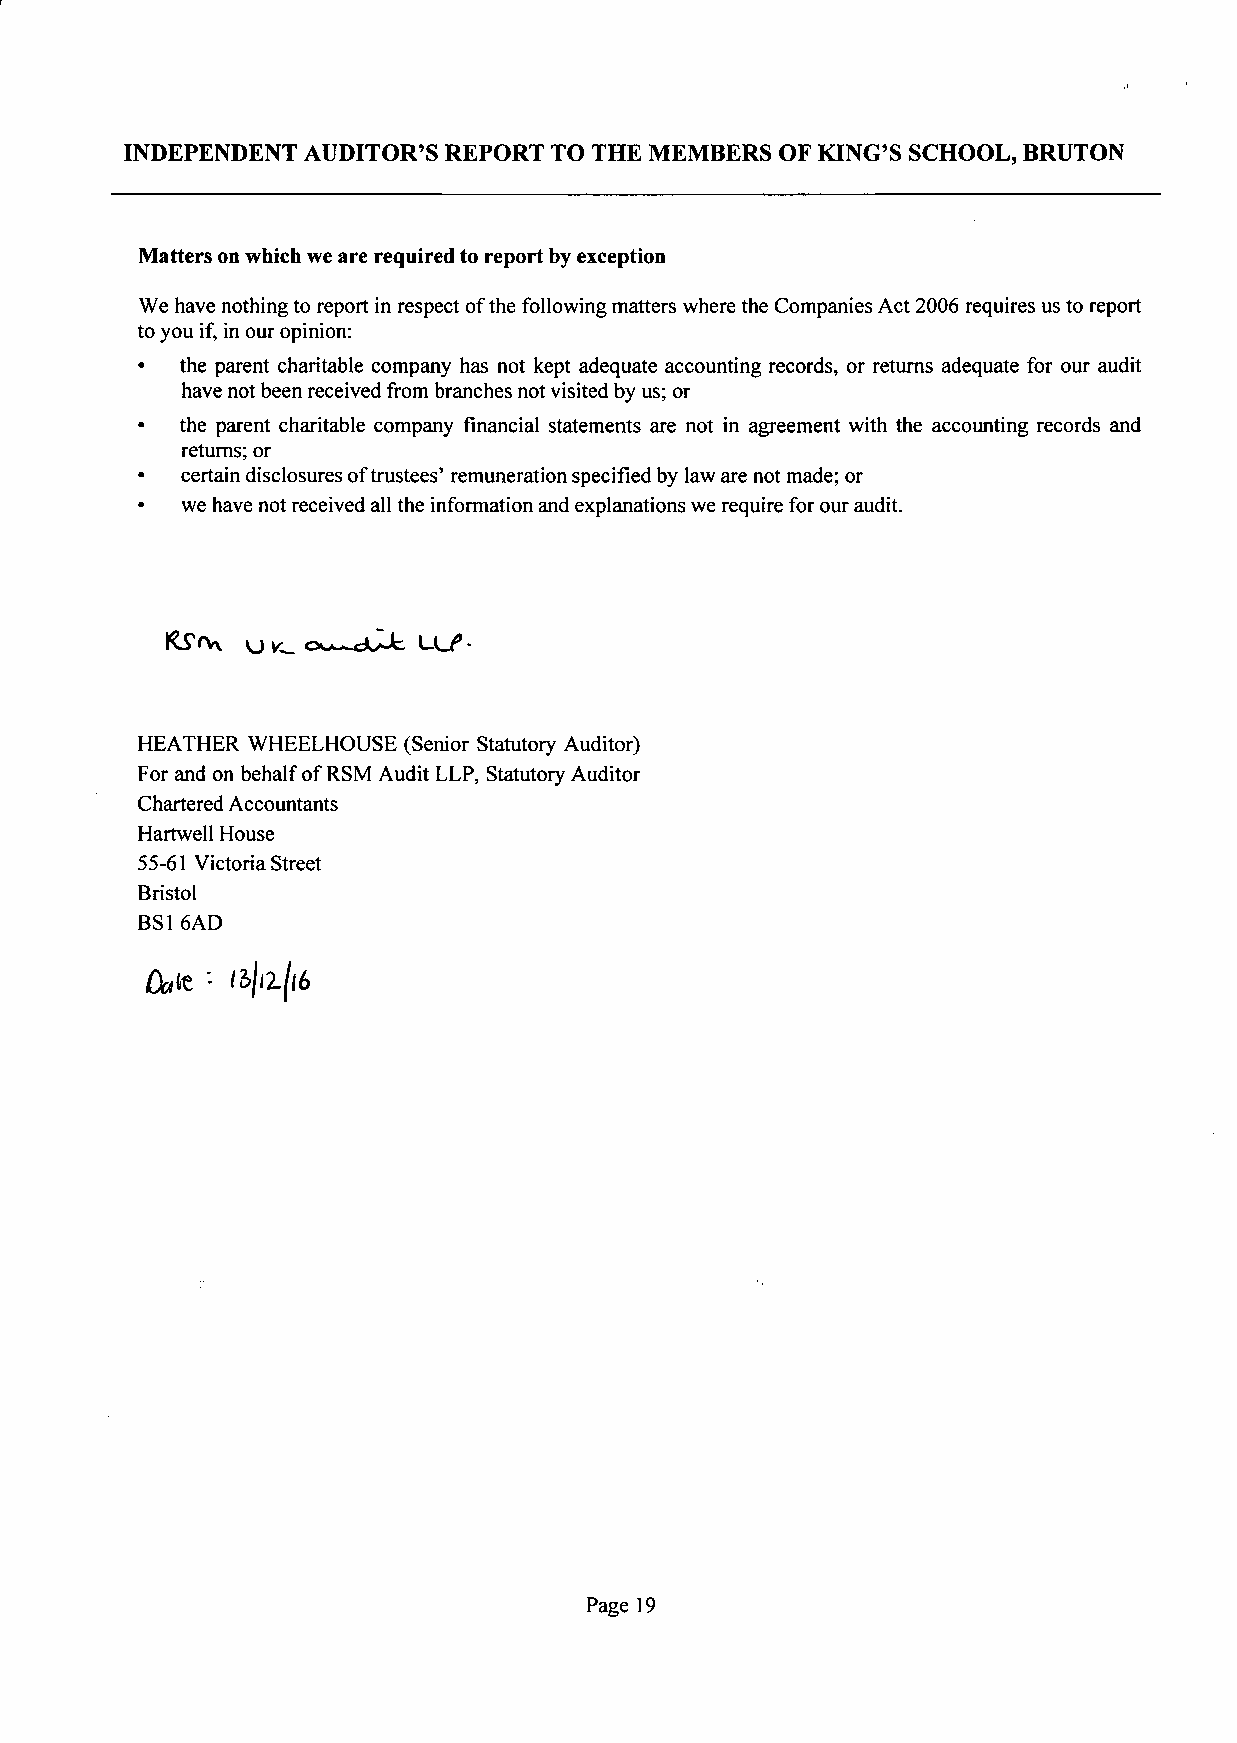
INDEPENDENT AUDITOR'S REPORT TO THE MEMBERS OF KING'S SCHOOL, BRUTON
 Matters on which we are required to report by exception
 We have nothing to report in respect of the following matters where the Companies Act 2006 requires us to report
 to you if, in our opinion:
 •  the parent charitable company has not kept adequate accounting records, or returns adequate for our audit
 have not been received from branches not visited by us; or
 •  the parent charitable company financial statements are not in agreement with the accounting records and
 returns; or
 certain disclosures of trustees' remuneration specified by law are not made; or
 •  we have not received all the information and explanations we require for our audit.
 HEATHER WHEELHOUSE (Senior Statutory Auditor)
 For and on behalf of RSM Audit LLP, Statutory Auditor
 Chartered Accountants
 Hartwell House
 55-61 Victoria Street
 Bristol
 BSl 6AD
 QaUt '- f&|a/l6
 Page 19